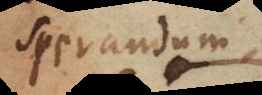
sperandum